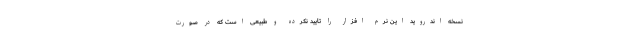
نسخه اندروید این نرم افزار را تایید نکرده و طبیعی است که در صورت